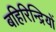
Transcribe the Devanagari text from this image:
बहिरिन्द्रियों